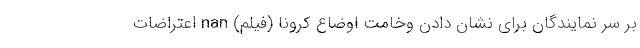
بر سر نمایندگان برای نشان دادن وخامت اوضاع کرونا (فیلم) nan اعتراضات